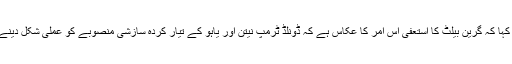
ایک بیان میں فلسطین لبریشن فرنٹ نے کہا کہ گرین بیلٹ کا استعفیٰ اس امر کا عکاس ہے کہ ڈونلڈ ٹرمپ نیتن اور یاہو کے تیار کردہ سازشی منصوبے کو عملی شکل دینے کے لیے بہت سی رکاوٹیں موجود ہیں۔